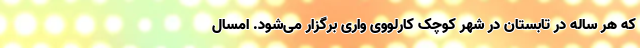
که هر ساله در تابستان در شهر کوچک کارلووی واری برگزار می‌شود. امسال